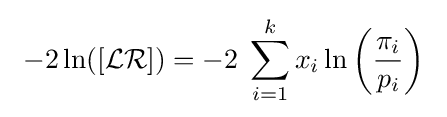
~-2\ln([{\mathcal {LR}}])=-2\;\sum _{i=1}^{k}x_{i}\ln \left({\frac {\pi _{i}}{p_{i}}}\right)~